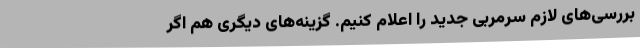
بررسی‌های لازم سرمربی جدید را اعلام کنیم. گزینه‌های دیگری هم اگر